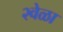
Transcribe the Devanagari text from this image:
२वेळा